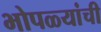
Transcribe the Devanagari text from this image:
भोपळ्यांची